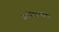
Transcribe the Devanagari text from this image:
प्रयोग़ात्मक